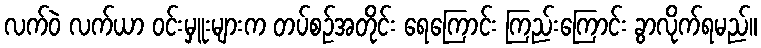
လက်ဝဲ လက်ယာ ဝင်းမှူးများက တပ်စဉ်အတိုင်း ရေကြောင်း ကြည်းကြောင်း ခွာလိုက်ရမည်။